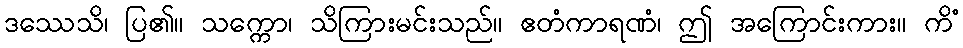
ဒဿေသိ၊ ပြ၏။ သက္ကော၊ သိကြားမင်းသည်။ ဧတံကာရဏံ၊ ဤ အကြောင်းကား။ ကိံ